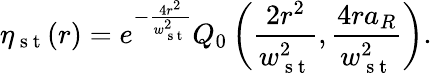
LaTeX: \eta_{\mathrm{~s~t~}}(r)=e^{-\frac{4r^{2}}{w_{\mathrm{~s~t~}}^{2}}}Q_{0}\left(\frac{2r^{2}}{w_{\mathrm{~s~t~}}^{2}},\frac{4ra_{R}}{w_{\mathrm{~s~t~}}^{2}}\right).